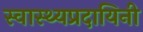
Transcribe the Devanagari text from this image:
स्वास्थ्यप्रदायिनी